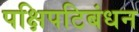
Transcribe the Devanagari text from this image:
पक्षिपटिबंधन